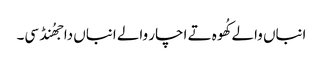
انباں والے کُھوہ تے اچار والے انباں دا جھُنڈ سی۔